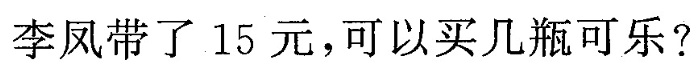
李风带了15元，可以买几瓶可乐?